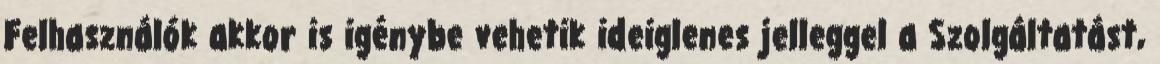
Felhasználók akkor is igénybe vehetik ideiglenes jelleggel a Szolgáltatást,